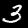
Digit: 3